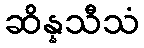
ဆိန္နသီသံ